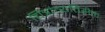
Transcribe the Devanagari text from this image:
चित्रांव्यतिरीक्त